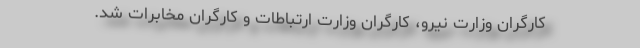
کارگران وزارت نیرو، کارگران وزارت ارتباطات و کارگرانِ مخابرات شد.